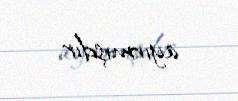
ayırmışdır.